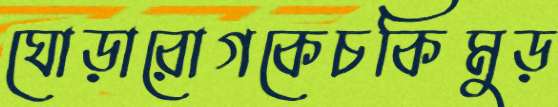
ঘোড়ারোগকেচকিমুড়